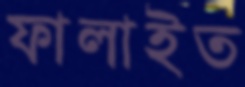
ফালাইত